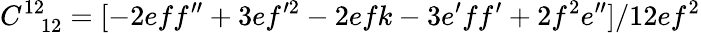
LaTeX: C_{\phantom{12}12}^{12}=[-2eff^{\prime\prime}+3ef^{\prime 2}-2efk-3e^{\prime}ff^{\prime}+2f^{2}e^{\prime\prime}]/12ef^{2}